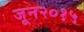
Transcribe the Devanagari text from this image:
जून२०१५